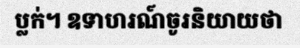
ប្លក់។ ឧទាហរណ៍ចូរនិយាយថា